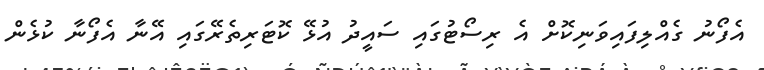
އެފޯނު ގެއްލިފައިވަނިކޮށް އެ ރިސޯޓުގައި ސައީދު އުޅޭ ކޮޓަރިތެރޭގައި އޭނާ އެފޯނާ ކުޅެން